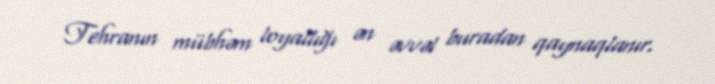
Tehranın mübhəm loyallığı ən əvvəl buradan qaynaqlanır.